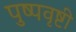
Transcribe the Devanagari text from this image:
पुष्पवृष्टी